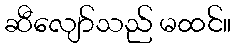
ဆီလျော်သည် မထင်။